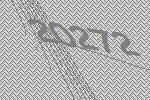
20272